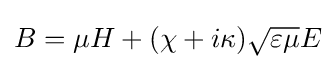
B=\mu H+(\chi +i\kappa ){\sqrt {\varepsilon \mu }}E